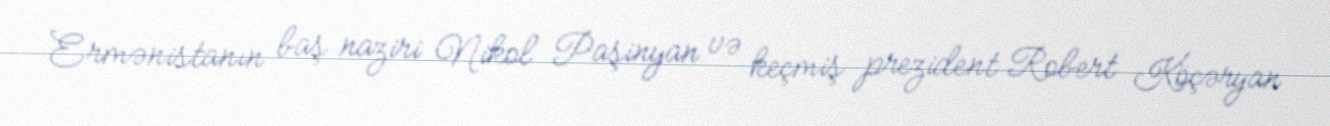
Ermənistanın baş naziri Nikol Paşinyan və keçmiş prezident Robert Köçəryan